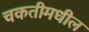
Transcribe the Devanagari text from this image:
चकतीमधील